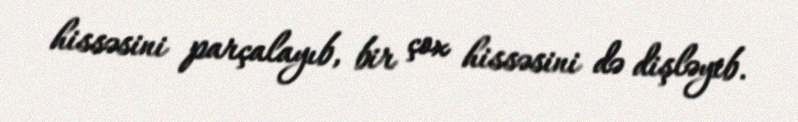
hissəsini parçalayıb, bir çox hissəsini də dişləyib.